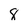
Character: 8